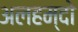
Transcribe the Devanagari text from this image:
अलहम्दो